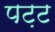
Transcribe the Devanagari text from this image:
पट़ट